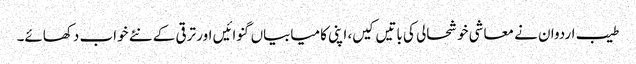
طیب اردوان نے معاشی خوشحالی کی باتیں کیں، اپنی کامیابیاں گنوائیں اور ترقی کے نئے خواب دکھائے۔